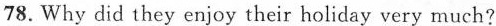
78. Why did they enjoy their holiday very much?